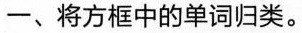
一、将方框中的单词归类。